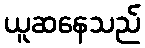
ယူဆနေသည်